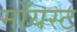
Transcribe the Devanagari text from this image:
मॉयस्ट